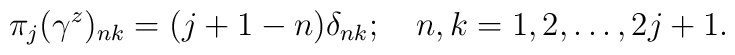
\pi_j(\gamma^z)_{n k} = (j+1-n)\delta_{n k}; \quad n,k=1,2,\ldots,2j+1.